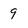
Character: 9